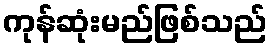
ကုန်ဆုံးမည်ဖြစ်သည်